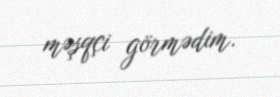
məşqçi görmədim.